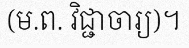
(ម.ព. វិជ្ជាចារ្យ)។